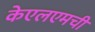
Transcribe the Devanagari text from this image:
केएलएमची